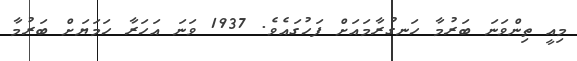
މިއީ ތިންވަނަ ބަރުމާ ހަނގުރާމައަށް ފަހުގައެވެ. 1937 ވަނަ އަހަރާ ހަމަޔަށް ބަރުމާ